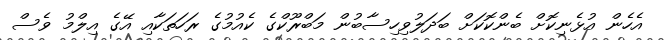
އެހެން އުޅެނިކޮށް ބެންކޮކަށް ބަދަލުވިހިސާބުން މަބްރޫކްގެ ކެއުމުގެ ރަހަތަކާއި އޭގެ އިލްމު ވެސް